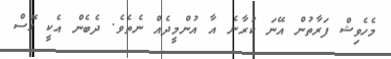
މެހެވިޝް ފަރާތުން އޭނަ ކުރާނެ އާ އުންމީދެއް ނެތެވެ. ދެބެން އެކީ ގޮސް